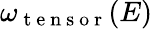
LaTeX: \omega_{\mathrm{~t~e~n~s~o~r~}}(E)